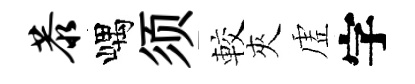
恭嵎须較夾虗字